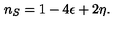
n _ { S } = 1 - 4 \epsilon + 2 \eta .